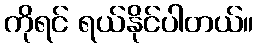
ကိုရင် ရယ်နိုင်ပါတယ်။